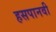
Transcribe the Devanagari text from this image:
हसपानवी